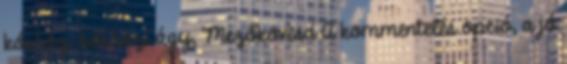
kórház, kórházi ágy, Mezőkövesd A kommentelés opció, a jó